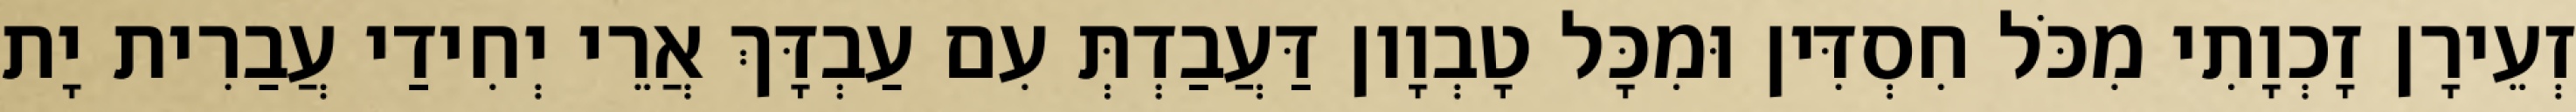
זְעֵירָן זָכְוָתִי מִכֹּל חִסְדִּין וּמִכָּל טָבְוָון דַּעֲבַדְתְּ עִם עַבְדָּךְ אֲרֵי יְחִידַי עֲבַרִית יָת